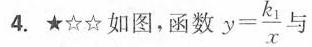
4.★☆☆如图，函数$$y = \frac{k_{1}}{x}$$与